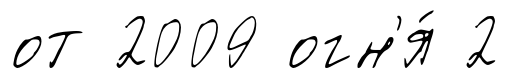
от 2009 огн'я́ 2